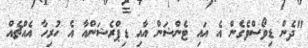
"ދެން ޑިވޯސްވެގެން އެ އައި ޓެންޝަން އާއި ޑިޕްރެޝަންއާ އެ ހުރިހާ އެއްޗެއް